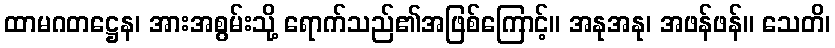
ထာမဂတဋ္ဌေန၊ အားအစွမ်းသို့ ရောက်သည်၏အဖြစ်ကြောင့်။ အနုအနု၊ အဖန်ဖန်။ သေတိ၊